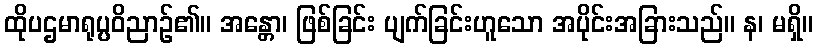
ထိုပဌမာရုပ္ပဝိညာဉ်၏။ အန္တော၊ ဖြစ်ခြင်း ပျက်ခြင်းဟူသော အပိုင်းအခြားသည်။ န၊ မရှိ။